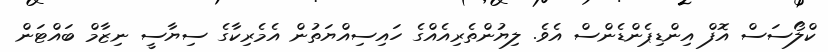
ކްލޯސަސް އޮފް އިންޑިޕެންޑެންސް އެވެ. ލިޔުންތެރިއެއްގެ ހައިސިއްޔަތުން އެމެރިކާގެ ސިޔާސީ ނިޒާމް ބައްޓަން